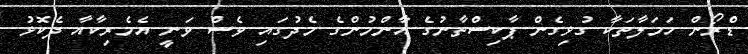
ޑްރޯން ހަމަލާތަކާ ގުޅިގެން ޕާކިސްތާނުގެ އާންމުންގެ މެދުގައި ވެސް ވަނީ އެމެރިކާއާ ދެކޮޅު